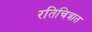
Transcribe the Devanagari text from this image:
रतिचित्रात